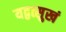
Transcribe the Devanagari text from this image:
यद्वत्सुखं